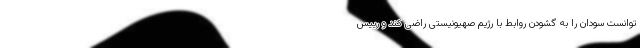
توانست سودان را به گشودن روابط با رژیم صهیونیستی راضی کند و رییس